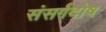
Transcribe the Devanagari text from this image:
संसर्गदोष